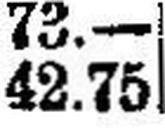
42.75